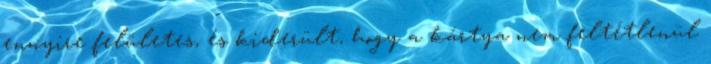
ennyire felületes, és kiderült, hogy a kártya nem feltétlenül